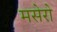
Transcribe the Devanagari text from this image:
मसेरो